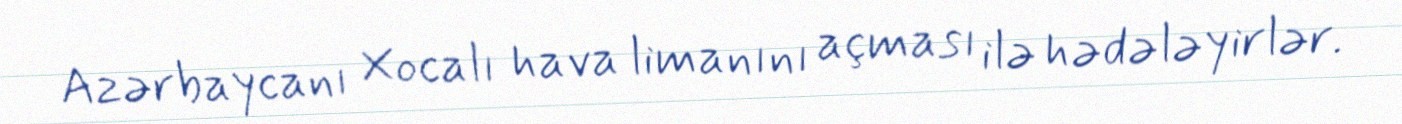
Azərbaycanı Xocalı hava limanını açması ilə hədələyirlər.